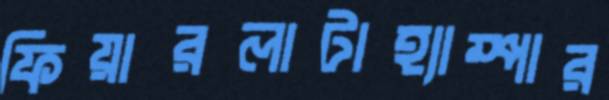
ফিয়ারলাটাহ্যাম্পার